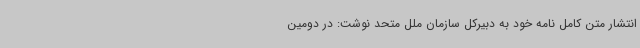
انتشار متن کامل نامه خود به دبیرکل سازمان ملل متحد نوشت: در دومین